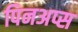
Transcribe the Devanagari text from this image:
पिनअप्स